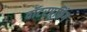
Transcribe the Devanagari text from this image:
वॉटरप्रूफिंग